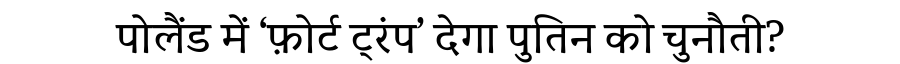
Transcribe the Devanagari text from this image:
पोलैंड में ‘फ़ोर्ट ट्रंप’ देगा पुतिन को चुनौती?